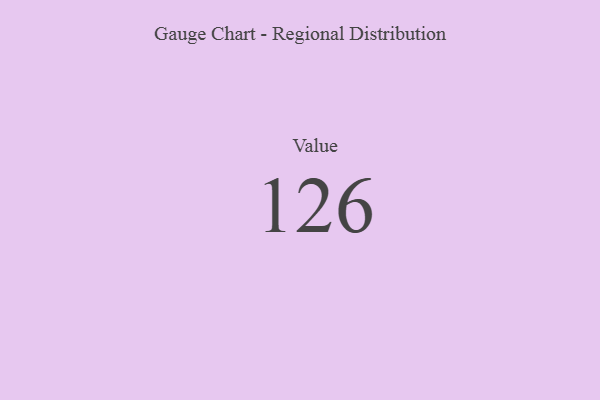
{"axis": {"x": "Metric", "y": "Value"}, "legend": [""], "data": [{"x": "Value", "y": 126, "type": ""}]}